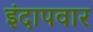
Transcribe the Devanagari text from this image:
इंदापवार